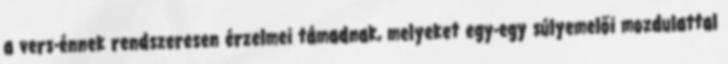
a vers-énnek rendszeresen érzelmei támadnak, melyeket egy-egy súlyemelői mozdulattal